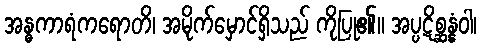
အန္ဓကာရံကရောတိ၊ အမိုက်မှောင်ရှိသည် ကိုပြု၏။ အပ္ပဋိစ္ဆန္နံဝါ၊